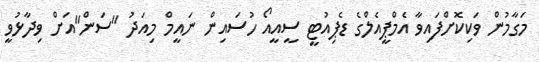
މަގާމުން ވަކިކޮށްފައިވާ އެމްޕީއެލްގެ ޑެޕިއުޓީ ސީއީއޯ ހުސައިން ނައީމް މިއަދު "ސަން"އަށް ވިދާޅުވީ